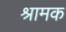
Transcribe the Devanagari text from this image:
श्रामक